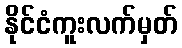
နိုင်ငံကူးလက်မှတ်